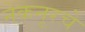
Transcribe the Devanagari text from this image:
नेकनूरचे